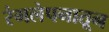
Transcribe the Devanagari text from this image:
रंगलेपनातून